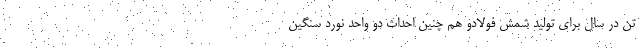
تن در سال برای تولید شمش فولادو هم چنین احداث دو واحد نورد سنگین